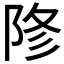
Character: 𨹲